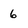
Character: 6